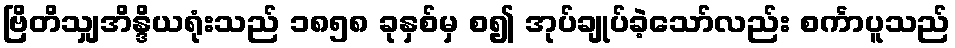
ဗြိတိသျှအိန္ဒိယရုံးသည် ၁၈၅၈ ခုနှစ်မှ စ၍ အုပ်ချုပ်ခဲ့သော်လည်း စင်္ကာပူသည်